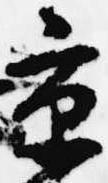
京